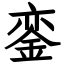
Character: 銮